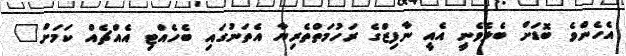
އެހެންވެ ބޮޑަށް ބެލެވެނީ އެއީ ނާފިޒްގެ ރަހުމަތްތެރިޔާ އެތަނުގައި ބެހެއްޓި އެއްޗެއް ކަމަށް"